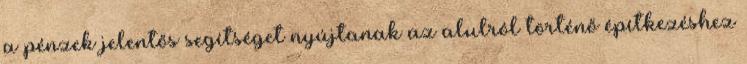
a pénzek jelentős segítséget nyújtanak az alulról történő építkezéshez